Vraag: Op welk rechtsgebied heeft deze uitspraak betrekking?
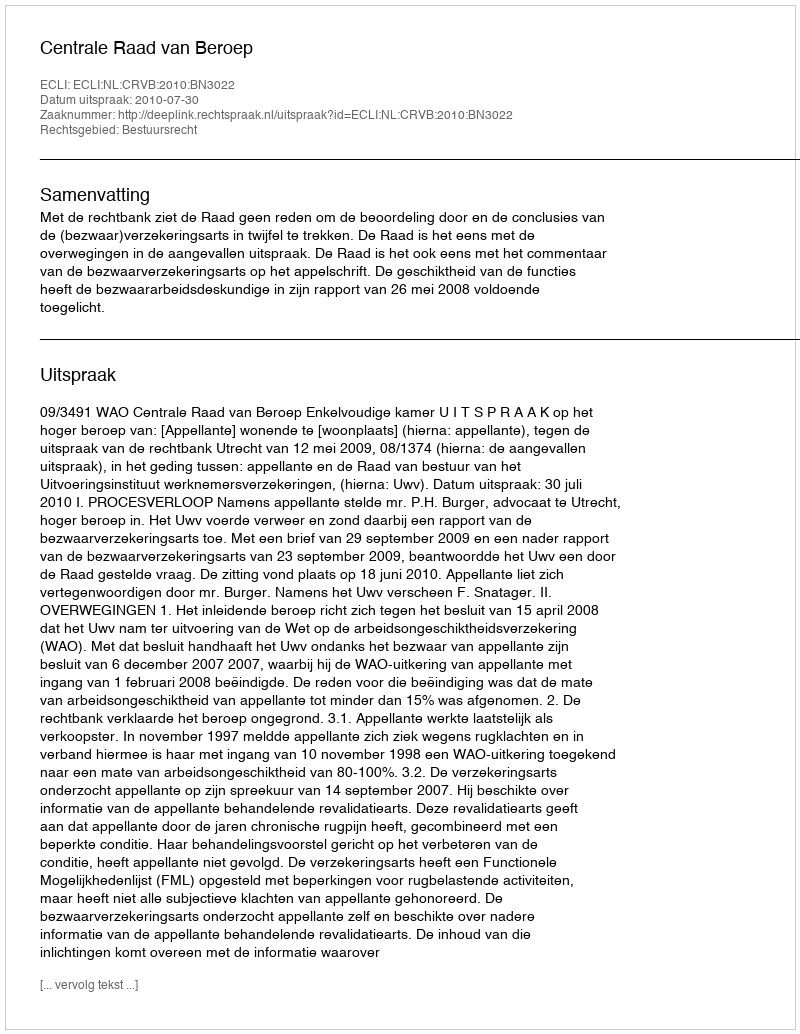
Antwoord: Bestuursrecht